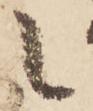
之